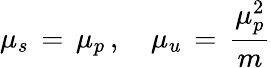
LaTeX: \mu_{s}\, =\, \mu_{p}\, ,\quad\mu_{u}\, =\, \frac{\mu_{p}^{2}}{m}